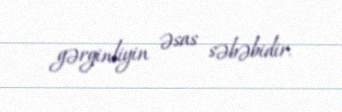
gərginliyin əsas səbəbidir.